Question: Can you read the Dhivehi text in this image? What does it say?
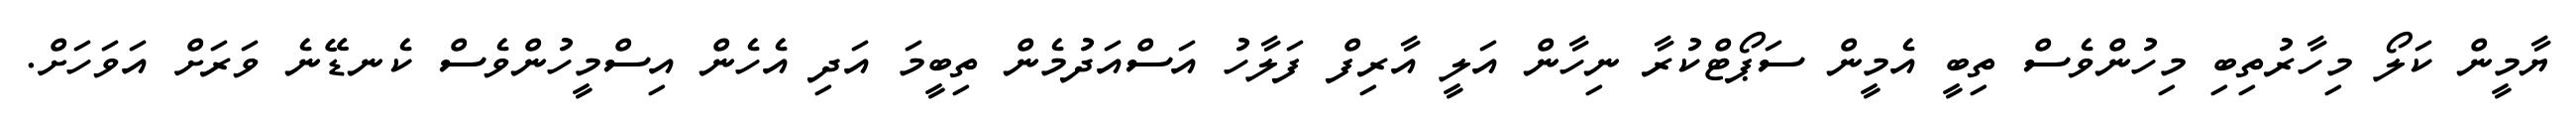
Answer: ޔާމީން ކަލޯ މިހާރުތިބި މިހުންވެސް ތިބީ އެމީން ސަޕޯޓްކުރާ ނިހާން އަލީ އާރިފް ފަލާހު އަސްއަދުމެން ތިބީމަ އަދި އެހެން އިސްމީހުންވެސް ކެނޑޭނެ ވަރަށް އަވަހަށް.